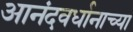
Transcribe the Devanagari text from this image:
आनंदवर्धानाच्या